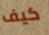
كيف